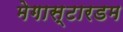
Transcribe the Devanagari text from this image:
मेगास्टारडम